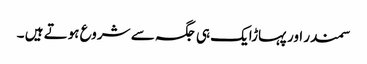
سمندر اور پہاڑایک ہی جگہ سے شروع ہوتے ہیں ۔